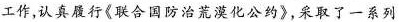
工作，认真履行《联合国防治荒漠化公约》，采取了一系列